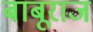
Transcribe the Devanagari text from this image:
बाबूराज